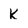
Character: K